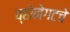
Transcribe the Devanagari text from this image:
व्होनेगटचे